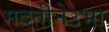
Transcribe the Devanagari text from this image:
मदतीनेउभा